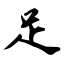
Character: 足